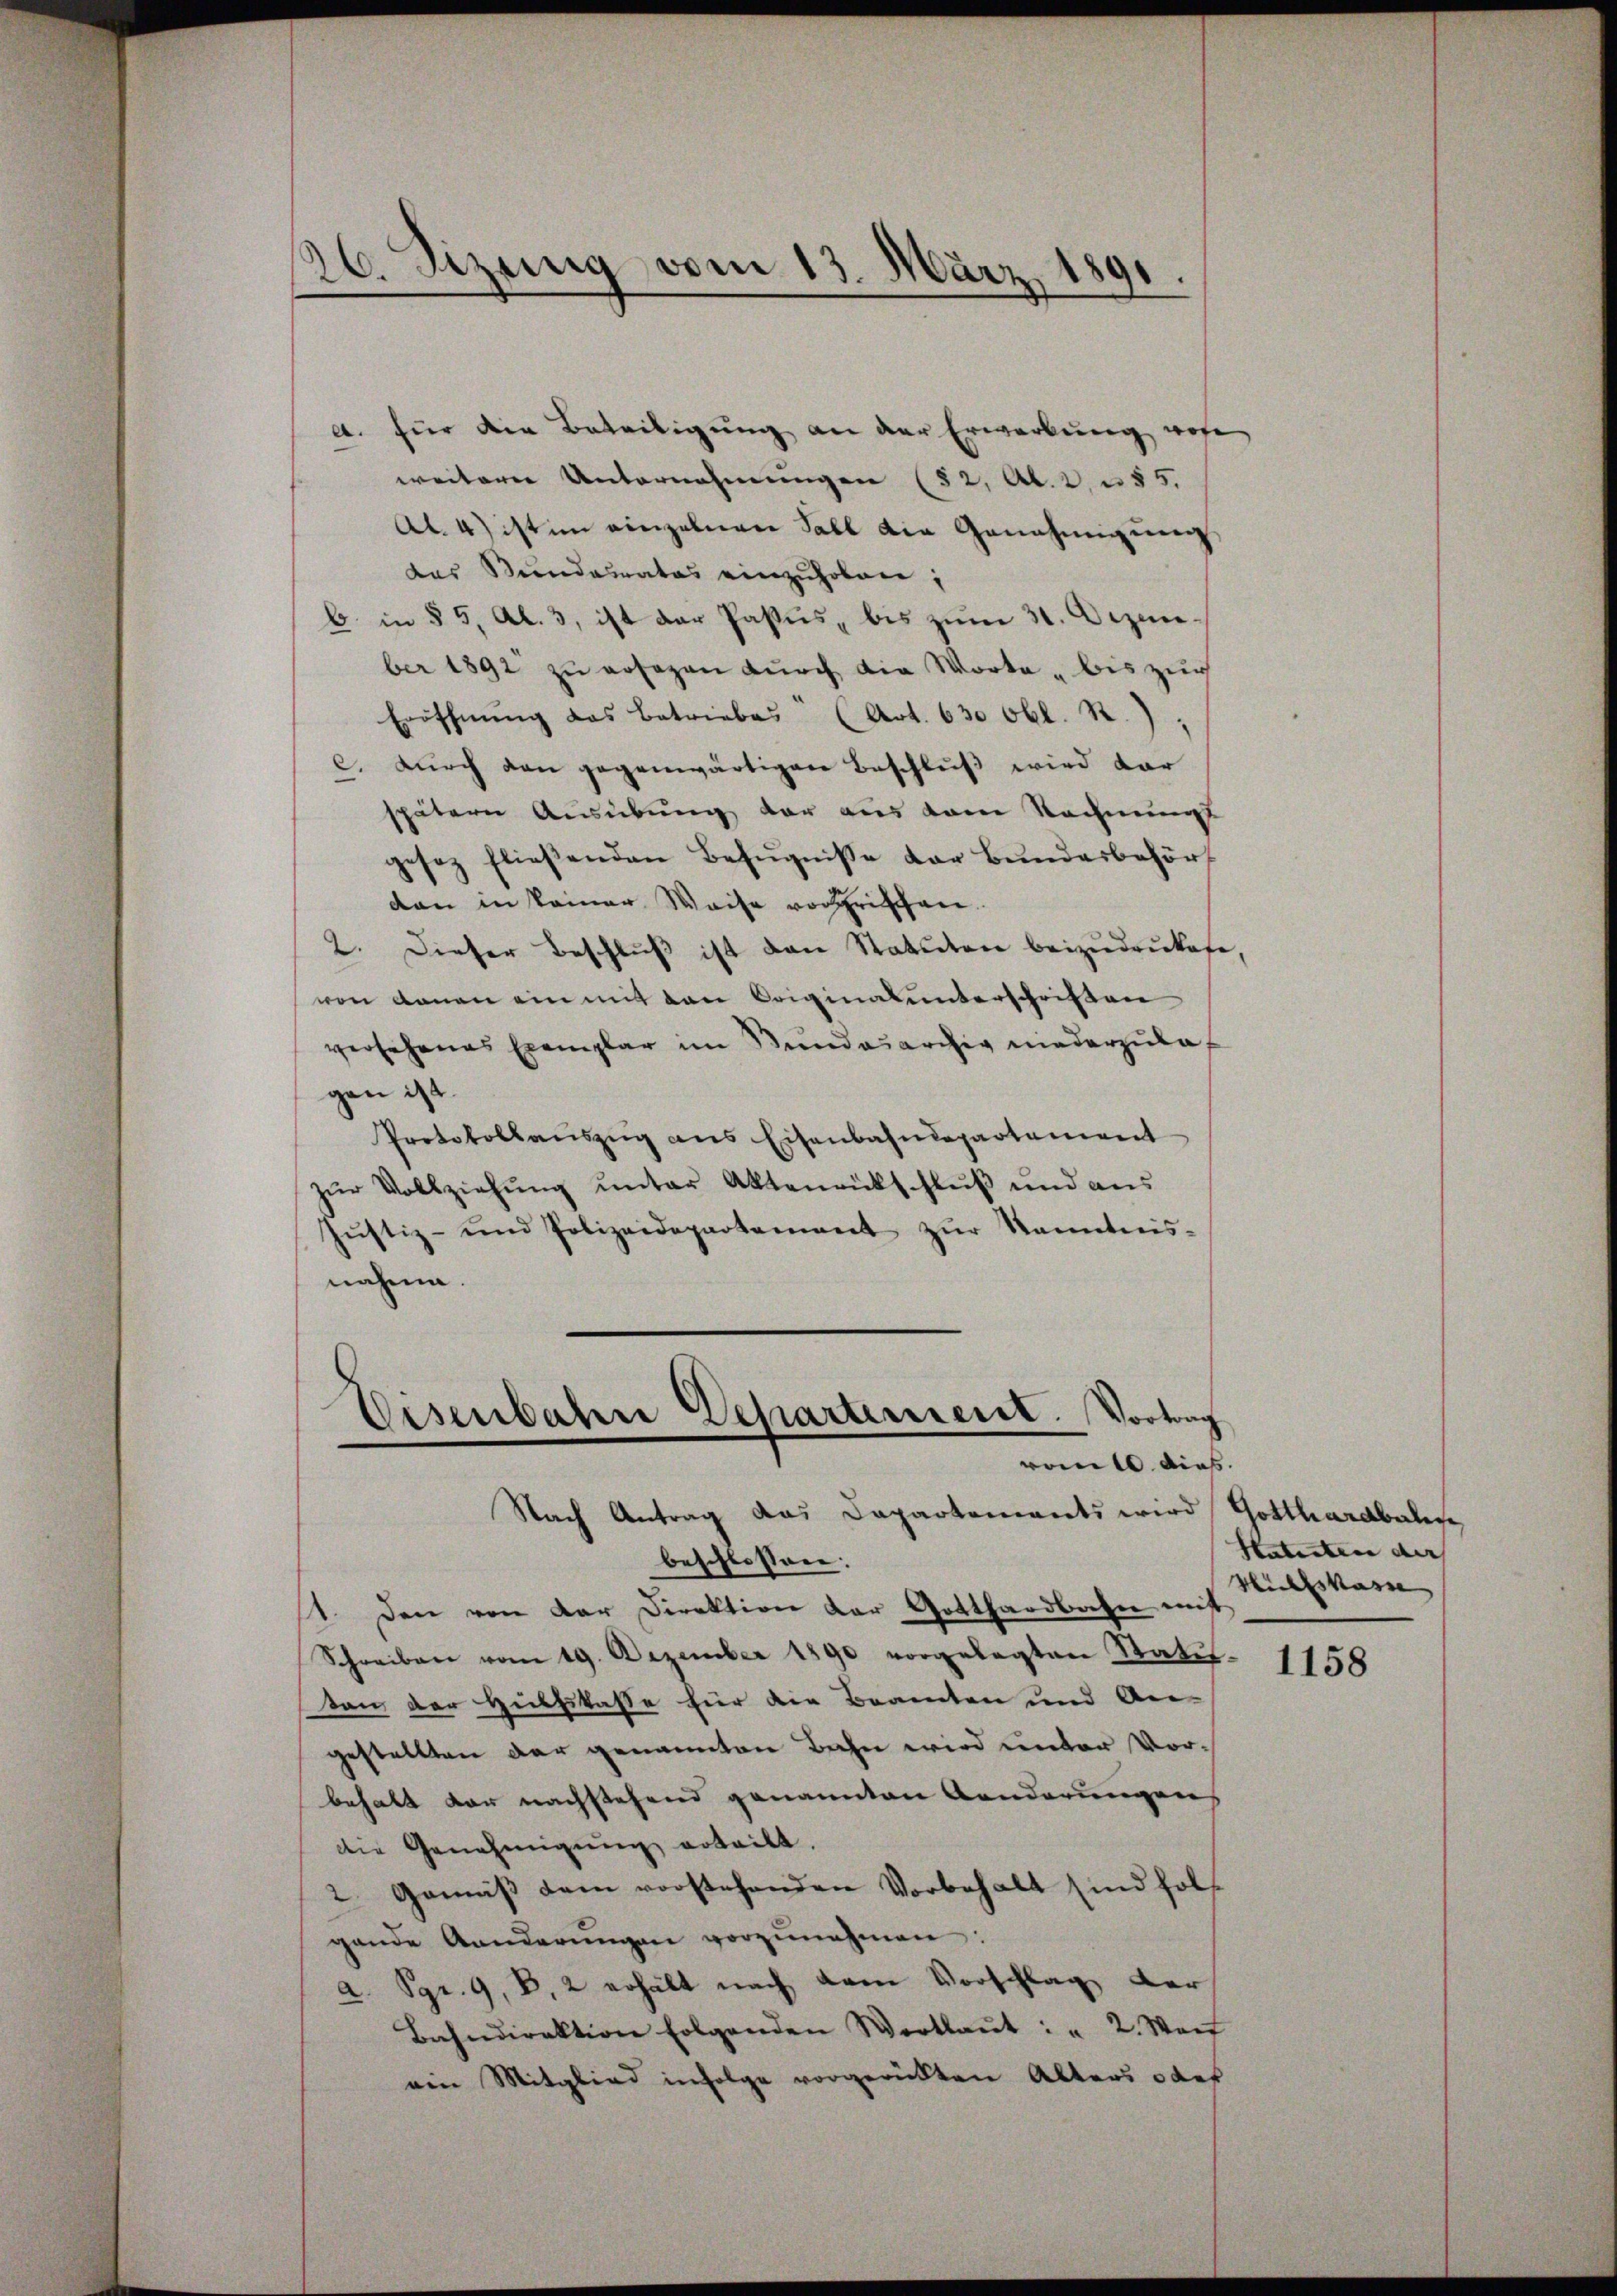
26. Sizung vom 13. März 1891.

a. für die Beteiligung an der Erwerbung wohe
weiterer Unternehmungen (82, Al. 2, u. 55.
Al. 4) ist im einzelnen Fall die Genehmigung
das Kundamnates einzuholen;
b. in § 5, Al. 3, ist der Passus, bis zum 31. Dezember 1892 zŭ ersezen durch die Worte - bis zur
Eröffnung das betriebes (Art. 630 Obl. R.),
c. durch den gegenwärtigen Beschluß wird dar
spätern Ausübung der aus dem Rechnungs
gesez flieβenden Befugnisse der Bŭndesbehört
dan in keiner Weise vorrischen.
2. Dieser Beschlŭβ ist den Statuten beizudrukate,
von denen ein mit den Originalunterschriften
versehenes Exemplar im Bundesarchiv niederzulagen ist.
Protokollauszug aus Eisenbahndepartement
zŭr Vollziehŭng ŭnter Aktenrückschlŭβ und aŭs
Jŭstiz- und Polizeidepartement zŭr Kenntnis-
nahme.

Eisenbahre Departement. Vortrag
vom 10. dies
Nach Antrag das Dapartements wird Gotthardbahnge

beschlossen:
1. Den von der Direktion der Gotthardbahn mit
Schreiben vom 19. Dezember 1890 vorgelegten Statu-
ton der Hülfskasse für die Beamten und An-
gestellten der genannten Bahn wird unter Vorbehalt vor nachstehend genannten Banderungens
die Genehmigung erteilt,
2 Gemäß dem vorstehenden Vorbehalt sind holf
gende Aenderŭngen vorzŭnehmen:
a. Sgr. 9, D. 2 erhält nach dem Vorschlag der
Bahndirektion folgenden Wortlaŭt : " 2. Weit
ein Mitglied infolge vorgerückten Alters oder

Hatuten der
Silvan

1158